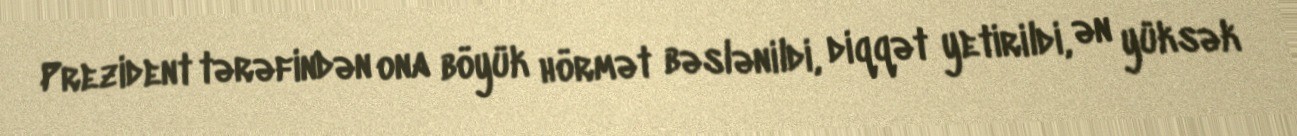
Prezident tərəfindən ona böyük hörmət bəslənildi, diqqət yetirildi, ən yüksək